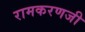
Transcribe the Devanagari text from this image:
रामकरणजी